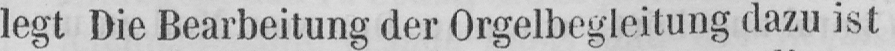
legt Die Bearbeitung der Orgelbegleitung dazu ist